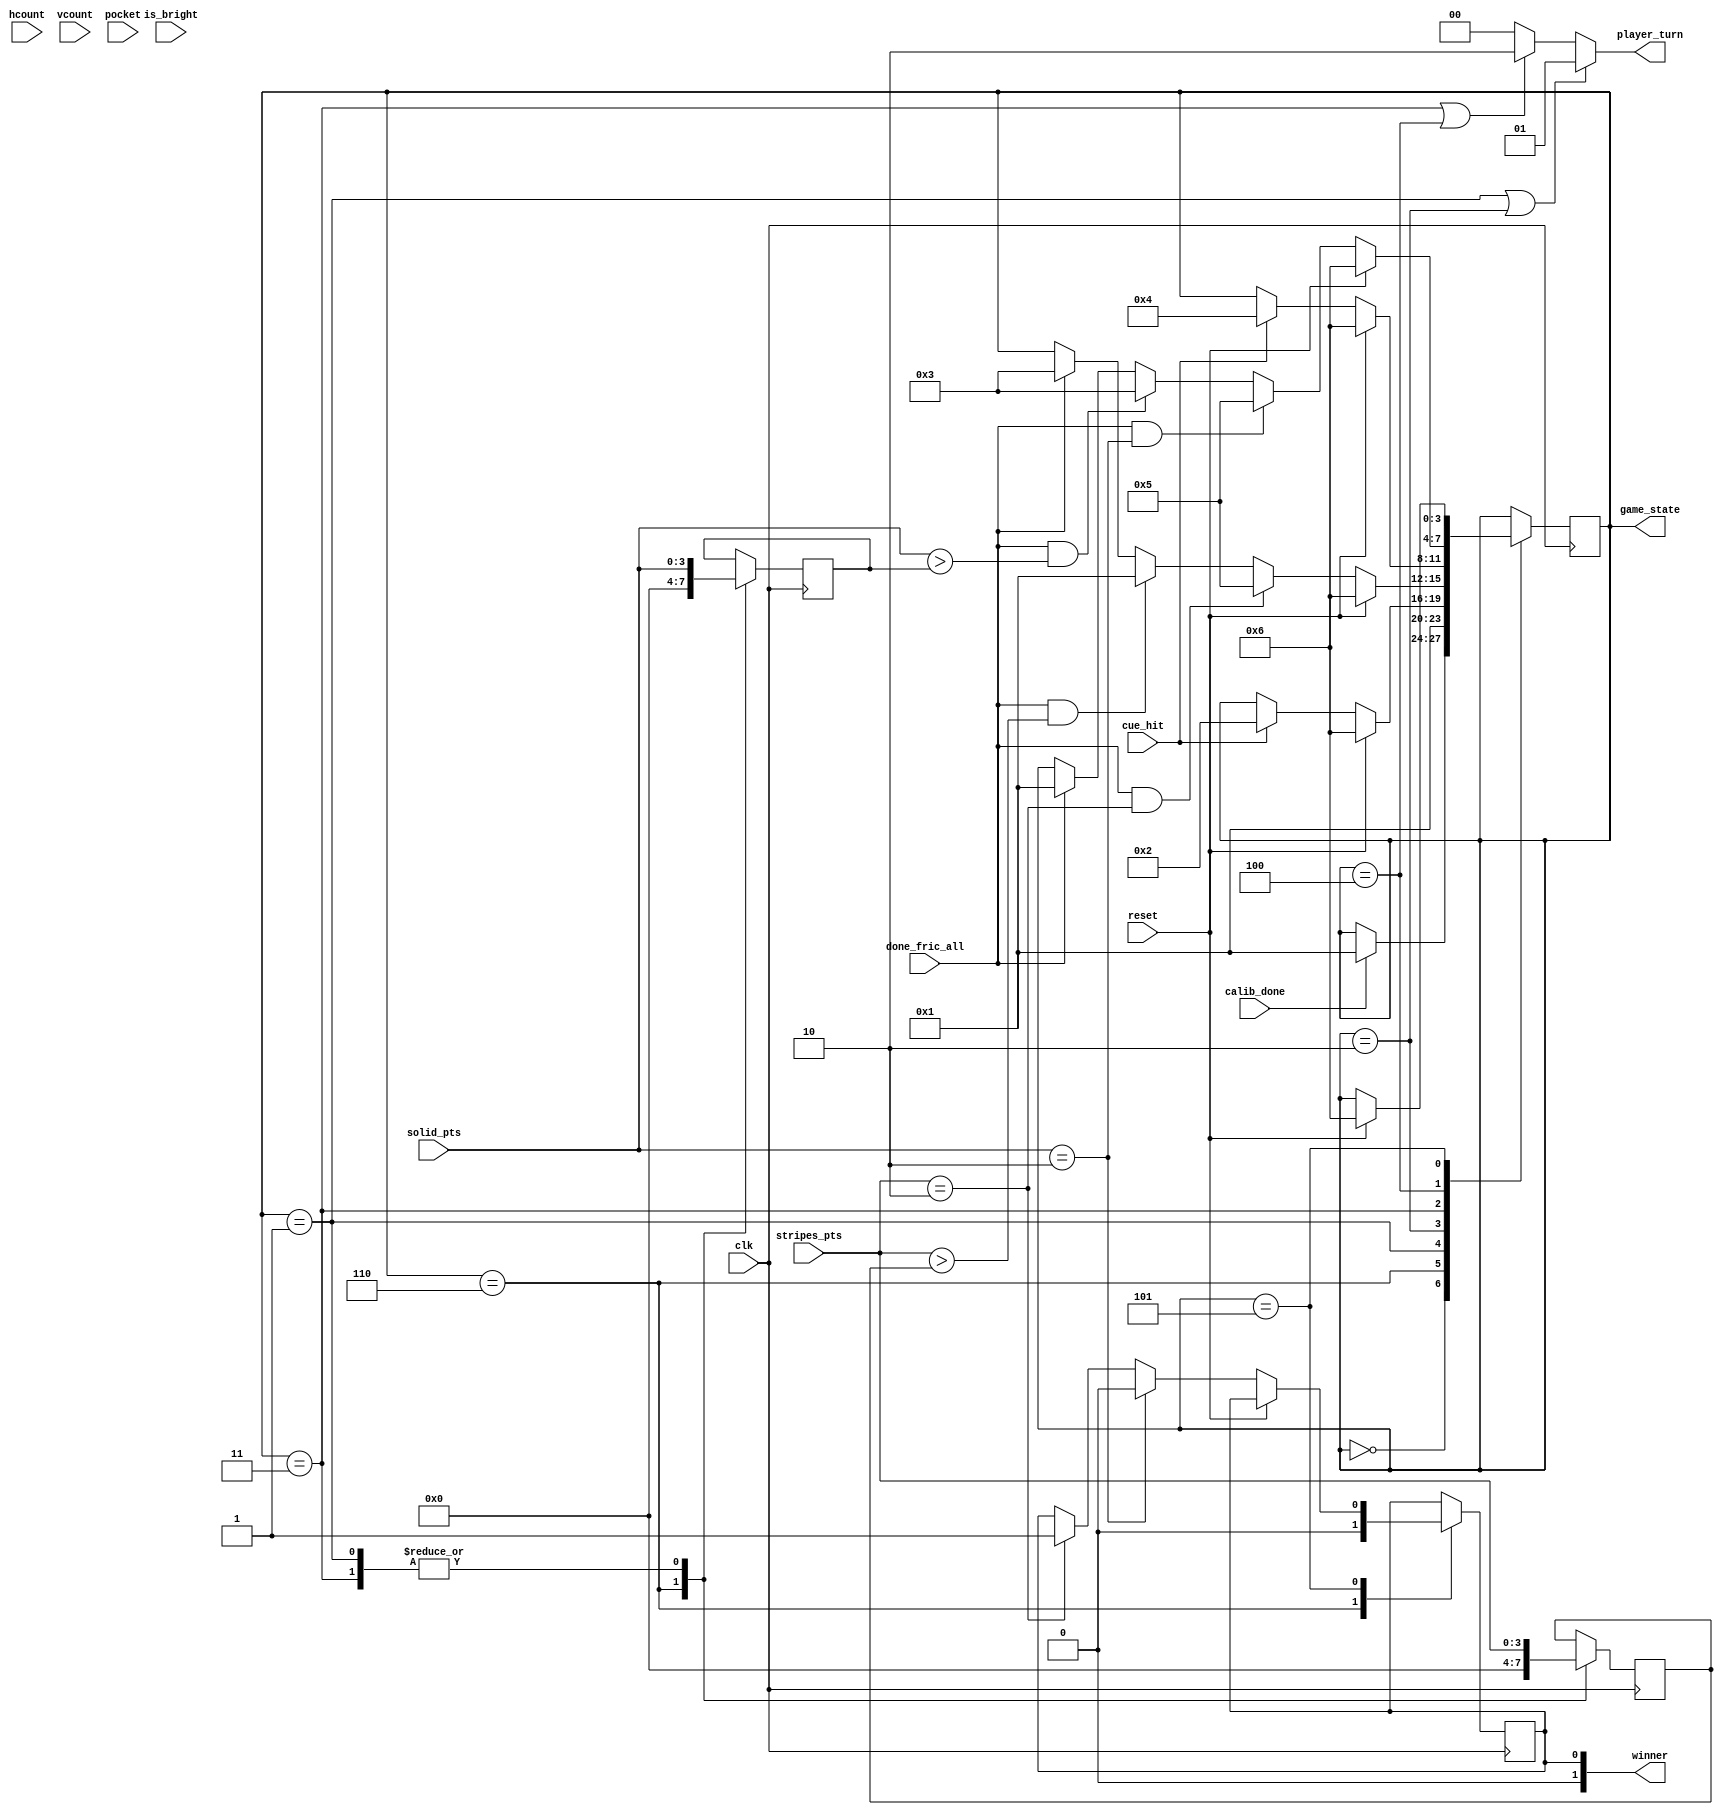
`timescale 1ns / 1ps
//////////////////////////////////////////////////////////////////////////////////
// Company: 
// Engineer: 
// 
// Design Name: 
// Module Name:    game_fsm 
// Project Name: 
// Target Devices: 
// Tool versions: 
// Description: 
//
// Dependencies: 
//
// Revision: 
// Revision 0.01 - File Created
// Additional Comments: 
//
//////////////////////////////////////////////////////////////////////////////////
module game_fsm(clk,game_state,is_bright,hcount,vcount,calib_done,
					done_fric_all,cue_hit,reset,pocket,
					player_turn,stripes_pts,solid_pts,winner);
	input clk,is_bright,reset,pocket;
	input [10:0] hcount;
	input [10:0] vcount;
	input done_fric_all,cue_hit;
	input [3:0] stripes_pts, solid_pts;
	input calib_done;
	output [3:0] game_state;
	output [1:0] player_turn, winner;

	// states
	parameter CALIBRATION = 0;
	parameter TRACK_CUE_STRIPES = 1;
	parameter MOVE_BALLS_STRIPES = 2;
	parameter TRACK_CUE_SOLID = 3;
	parameter MOVE_BALLS_SOLID = 4;
	parameter WIN = 5;
	parameter START_GAME = 6;
	reg [3:0] state = CALIBRATION;
	assign game_state = state;
	
	// turns
	parameter STRIPES = 1;
	parameter SOLID = 2;
	assign player_turn = (game_state==TRACK_CUE_STRIPES || game_state==MOVE_BALLS_STRIPES)
		? STRIPES : (game_state==TRACK_CUE_SOLID || game_state==MOVE_BALLS_SOLID)
		? SOLID : 0;
		
	// points
	parameter MAX_PTS = 2;
	reg [3:0] stripes_pts_reg, solid_pts_reg;
	reg winner_reg = 0;
	assign winner = winner_reg;
		
	
	always @(posedge clk) begin	
		case (state)
			CALIBRATION: begin
				if (calib_done) state <= TRACK_CUE_STRIPES;
			end
			
			START_GAME: begin
				winner_reg <= 0;
				stripes_pts_reg <= 0;
				solid_pts_reg <= 0;
				state <= TRACK_CUE_STRIPES;
			end
			
			TRACK_CUE_STRIPES: begin
				stripes_pts_reg <= stripes_pts;
				solid_pts_reg <= solid_pts;
				if (reset) state <= START_GAME;
				else if (cue_hit) state <= MOVE_BALLS_STRIPES;
			end
			
			MOVE_BALLS_STRIPES: begin
				if (reset) state <= START_GAME;
				else if (done_fric_all && stripes_pts == MAX_PTS) state <= WIN;
				else if (done_fric_all && stripes_pts>stripes_pts_reg) state <= TRACK_CUE_STRIPES;
				else if (done_fric_all) state <= TRACK_CUE_SOLID;
			end
			
			TRACK_CUE_SOLID: begin
				stripes_pts_reg <= stripes_pts;
				solid_pts_reg <= solid_pts;
				if (reset) state <= START_GAME;
				else if (cue_hit) state <= MOVE_BALLS_SOLID;
			end
			
			MOVE_BALLS_SOLID: begin
				if (reset) state <= START_GAME;
				else if (done_fric_all && solid_pts == MAX_PTS) state <= WIN;
				else if (done_fric_all && solid_pts>solid_pts_reg) state <= TRACK_CUE_SOLID;
				else if (done_fric_all) state <= TRACK_CUE_STRIPES;
			end
			
			WIN: begin
				if (reset) state <= START_GAME;
				else if (solid_pts == MAX_PTS)
					winner_reg <= SOLID;
				else if (stripes_pts == MAX_PTS)
					winner_reg <= STRIPES;
			end
		endcase
	end

endmodule